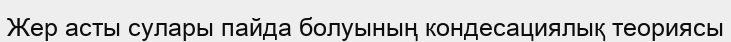
Жер асты сулары пайда болуының кондесациялық теориясы